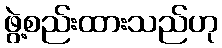
ဖွဲ့စည်းထားသည်ဟု